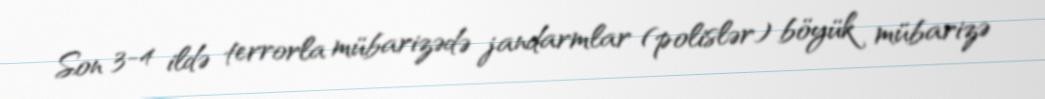
Son 3-4 ildə terrorla mübarizədə jandarmlar (polislər) böyük mübarizə